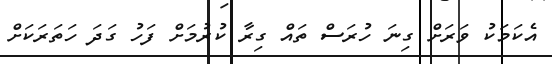
އެކަމަކު ވަރަށް ގިނަ ހުރަސް ތައް ގިރާ ކުރުމަށް ފަހު ގަދަ ހަތަރަކަށް